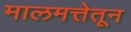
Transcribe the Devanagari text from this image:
मालमत्तेतून